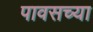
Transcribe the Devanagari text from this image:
पावसच्या